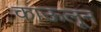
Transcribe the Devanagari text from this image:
काऊलून